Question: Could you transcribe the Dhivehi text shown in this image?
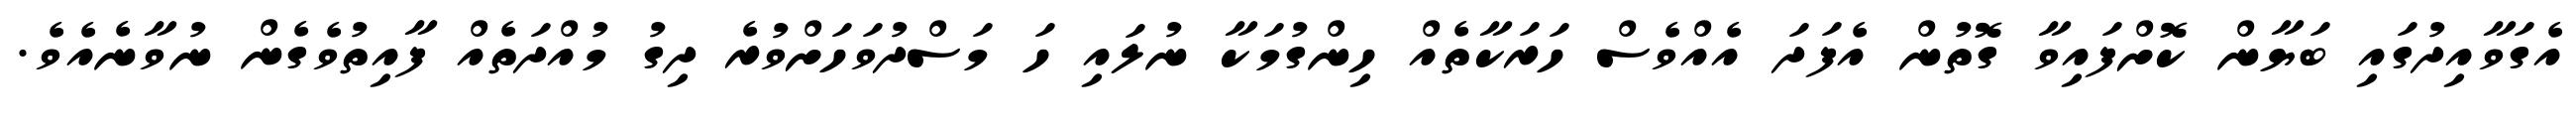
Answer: އެގަވާއިދުގައި ބަޔާން ކޮށްފައިވާ ގޮތުން އެފަދަ އެއްވެސް ހަރަކާތެއް ހިންގުމަކާ ނުލައި ހަ މަސްދުވަހަށްވުރެ ދިގު މުއްދަތެއް ފާއިތުވެގެން ނުވާނެއެވެ.